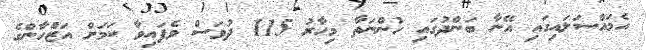
އެމައްސަލައިގައި އޭނާ ބަންދުގައި ހުންނަތާ މިހާރު 115 ދުވަސް ވެފައިވާ ކަމަށް އަޒްހާންގެ